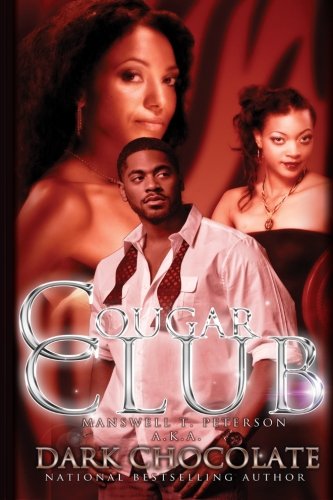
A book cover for Cougar Club; Dark Chocolate; Literature & Fiction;